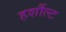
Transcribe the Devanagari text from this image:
हर्शौल्ट